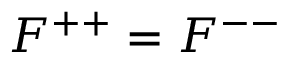
F ^ { + + } = F ^ { -- }